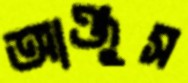
আঞ্জুস